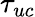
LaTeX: \tau_{uc}